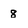
Character: 8